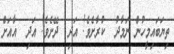
ތިޔަބައިމީހުން ނަމާދު  ކުރާށެވެ! އަދި  ދޭށެވެ! އަދި  އާއަށް